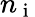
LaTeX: n_{\mathrm{~i~}}